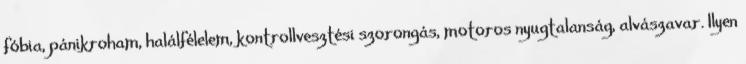
fóbia, pánikroham, halálfélelem, kontrollvesztési szorongás, motoros nyugtalanság, alvászavar. Ilyen